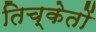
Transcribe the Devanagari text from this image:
तिच्केतों